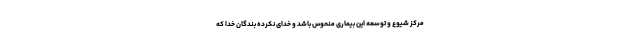
مرکز شیوع و توسعه این بیماری منحوس باشد و خدای نکرده بندگان خدا که